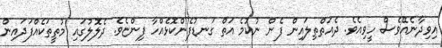
އިވިދާނެއޭވެސް ހީވިއެވެ. ދެއަތްތިލައިން ފެން ނުކުމެ އަތް ގަނޑުފެންކޮޅެއްހާ ފިންޏެވެ. ދެލޮލުގައި މުތީތަކެއްފަދައިން